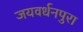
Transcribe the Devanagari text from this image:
जयवर्धनपुरा